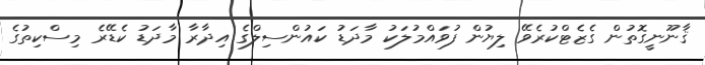
ޤާނޫނީގޮތުން ގެޒެޓްކުރެވޭ ލިޔުން ފުވައްމުލަކު މާދަޑު ކައުންސިލްގެ އިދާރާ މާދަޑު ކެޑޭރެ މިސްކިތުގެ